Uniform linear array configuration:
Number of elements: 8
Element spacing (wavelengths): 0.5
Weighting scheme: uniform
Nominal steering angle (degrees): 15
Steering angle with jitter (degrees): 15.314
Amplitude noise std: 0.05
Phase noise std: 0.05

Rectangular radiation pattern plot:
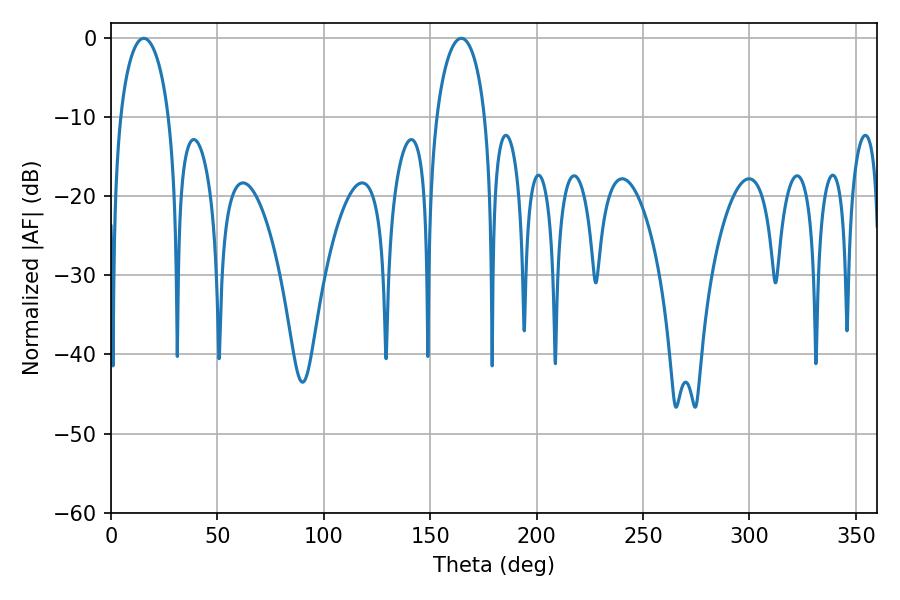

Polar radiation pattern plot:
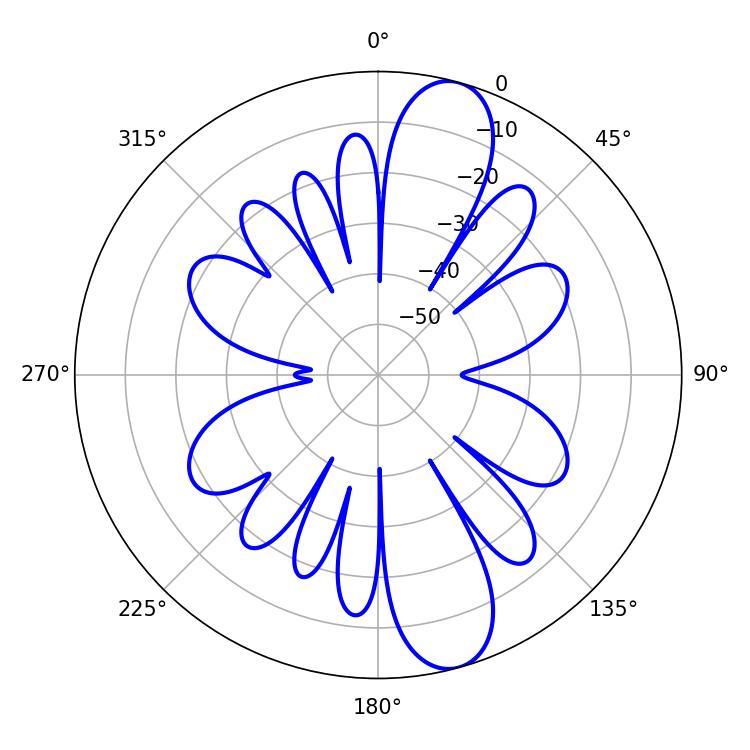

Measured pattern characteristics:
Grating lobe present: FALSE
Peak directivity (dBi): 11.87
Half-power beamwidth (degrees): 13.14
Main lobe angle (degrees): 15.3